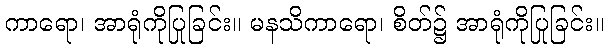
ကာရော၊ အာရုံကိုပြုခြင်း။ မနသိကာရော၊ စိတ်၌ အာရုံကိုပြုခြင်း။